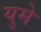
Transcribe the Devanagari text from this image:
युमे